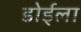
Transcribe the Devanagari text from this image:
डोईला